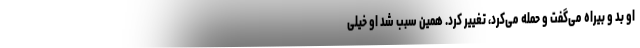
او بد و بیراه می‌گفت و حمله می‌کرد، تغییر کرد. همین سبب شد او خیلی